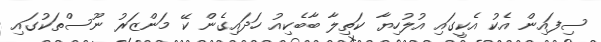
ސިފައިން އެކު އެކީގައި އުލުހިޔާ ކަތިލާ ބާބެކިއު ހަދައިގެން ކޭ މަންޒަރު ނޫސްތަކުގައި